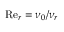
\mathrm { R e } _ { r } = \nu _ { 0 } / \nu _ { r }